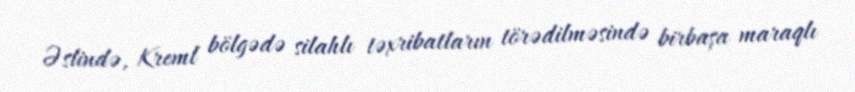
Əslində, Kreml bölgədə silahlı təxribatların törədilməsində birbaşa maraqlı